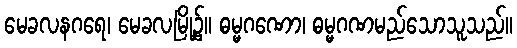
မေခလနဂရေ၊ မေခလမြို့၌။ ဓမ္မဂဏော၊ ဓမ္မဂဏမည်သောသူသည်။